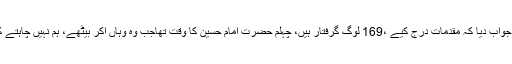
اٹارنی جنرل نے جواب دیا کہ مقدمات درج کیے ،169 لوگ گرفتار ہیں، چہلم حضرت امام حسین کا وقت تھاجب وہ وہاں آکر بیٹھے، ہم نہیں چاہتے کہ خون خرابہ ہو۔